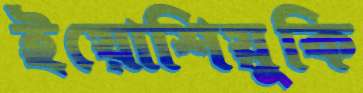
ইয়োশিয়ুকি